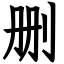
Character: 删